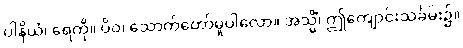
ပါနိယံ၊ ရေကို။ ပိဝ၊ သောက်တော်မူပါလော။ အသ္မိံ၊ ဤကျောင်းသင်္ခမ်း၌။